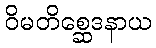
ဝိမတိစ္ဆေဒနာယ